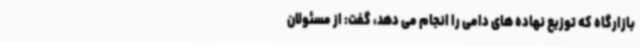
بازارگاه که توزیع نهاده های دامی را انجام می دهد، گفت: از مسئولان